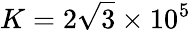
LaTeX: K=2\sqrt{3}\times 10^{5}